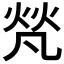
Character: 𤈺